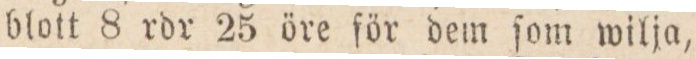
blott 8 rdr 25 öre för dem ſom wilja,